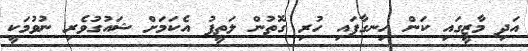
އަދި މާޒީގައި ކަން ހިނގާފައި ހުރި ގޮތުން ލަތީފު އެކަމަށް ޝައުގުވެރި ނުވުމަކީ